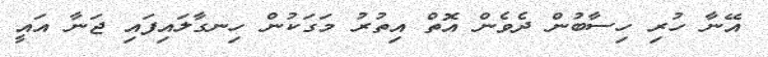
އޭނާ ހުރި ހިސާބުން ދެވެން އޮތް އިތުރު މަގަކުން ހިނގާލައިފައި ޖަނާ އައީ